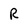
Character: R